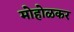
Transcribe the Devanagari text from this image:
मोहोळकर